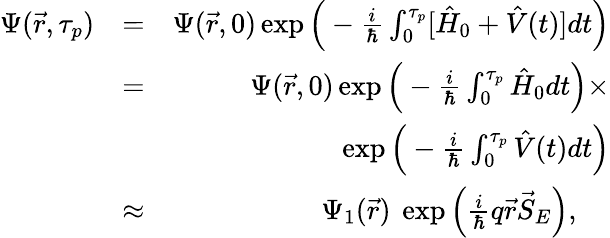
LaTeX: \begin{array}{rlr}{\Psi(\vec{r},\tau_{p})}&{=}&{\Psi(\vec{r},0)\exp{\Big(-\frac{i}{\hbar}\int_{0}^{\tau_{p}}[{\hat{H}}_{0}+\hat{V}(t)]dt\Big)}}\\ &{=}&{\Psi(\vec{r},0)\exp{\Big(-\frac{i}{\hbar}\int_{0}^{\tau_{p}}\hat{H}_{0}dt\Big)}\times}\\ &{}&{\exp{\Big(-\frac{i}{\hbar}\int_{0}^{\tau_{p}}\hat{V}(t)dt\Big)}}\\ &{\approx}&{\Psi_{1}(\vec{r})\ \exp{\Big(\frac{i}{\hbar}q\vec{r}\vec{S}_{E}\Big)},\ \ \ \ }\end{array}